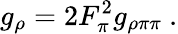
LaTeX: g_{\rho}=2F_{\pi}^{2}g_{\rho\pi\pi}\ .